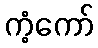
ကံ့ကော်